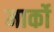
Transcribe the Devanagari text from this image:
मार्को